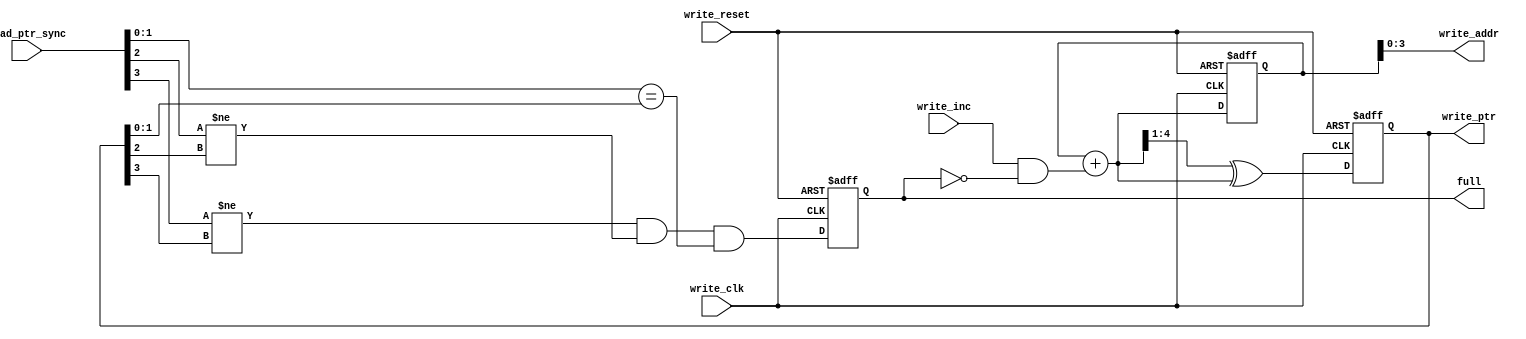
module write_full#(parameter ADDR_SIZE = 4)(write_addr,write_ptr,full,write_clk,write_reset,write_inc,read_ptr_sync);

input write_clk,write_reset,write_inc;
output full;
input[ADDR_SIZE:0] read_ptr_sync;
output[ADDR_SIZE-1:0] write_addr;
output[ADDR_SIZE:0] write_ptr;


reg[ADDR_SIZE:0] present_bin,present_gray;
reg present_full;
wire[ADDR_SIZE:0] next_bin,next_gray;
wire next_full;

always@(posedge write_clk or negedge write_reset)
 if(!write_reset)
	begin
		present_bin<=0;
		present_gray<=0;
		present_full<=1'b0;
	end
 else
   begin
		present_bin<=next_bin;
		present_gray<=next_gray;
		present_full<=next_full;
	end	
	
assign next_bin = present_bin + (write_inc & ~present_full);

assign next_gray = (next_bin>>1) ^ next_bin;

assign next_full = ((read_ptr_sync[ADDR_SIZE-1]!=present_gray[ADDR_SIZE-1]) && (read_ptr_sync[ADDR_SIZE-2]!=present_gray[ADDR_SIZE-2]) && (read_ptr_sync[ADDR_SIZE-3:0]==present_gray[ADDR_SIZE-3:0]));

assign write_addr = present_bin[ADDR_SIZE-1:0];

assign write_ptr = present_gray;

assign full = present_full;

endmodule